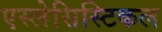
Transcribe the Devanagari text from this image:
एस्लेसिस्टिकल